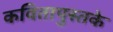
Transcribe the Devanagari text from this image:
कवितापुस्तके